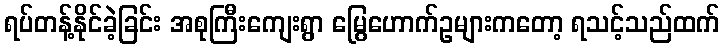
ရပ်တန့်နိုင်ခဲ့ခြင်း အစုကြီးကျေးရွာ မြွေဟောက်ဥများကတော့ ရသင့်သည်ထက်